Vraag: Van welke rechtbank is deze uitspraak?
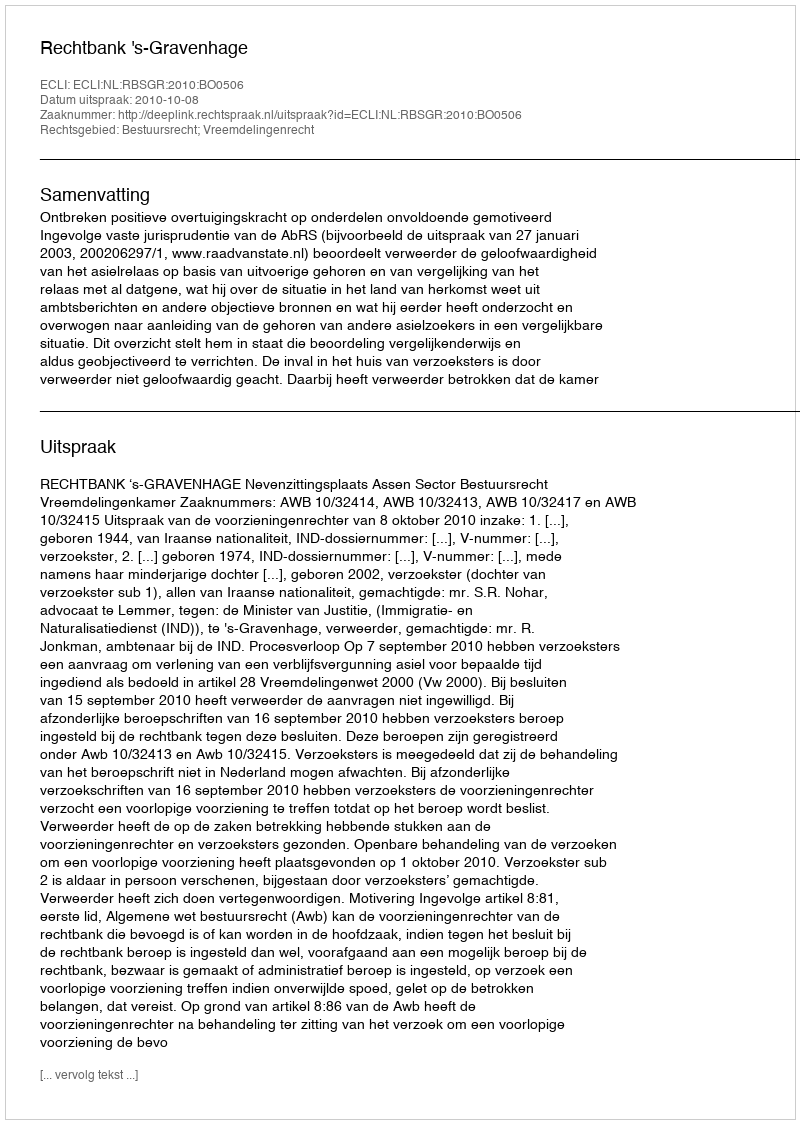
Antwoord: Rechtbank 's-Gravenhage